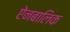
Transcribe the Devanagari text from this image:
ऐनबालिक